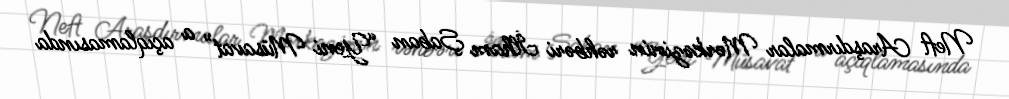
Neft Araşdırmalar Mərkəzinin rəhbəri İlham Şaban “Yeni Müsavat” a açıqlamasında